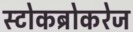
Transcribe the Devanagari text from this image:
स्टोकब्रोकरेज